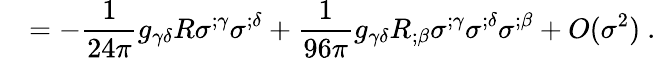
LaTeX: ~~~=-\frac{1}{24\pi}g_{\gamma\delta}R\sigma^{;\gamma}\sigma^{;\delta}+\frac{1}{96\pi}g_{\gamma\delta}R_{;\beta}\sigma^{;\gamma}\sigma^{;\delta}\sigma^{;\beta}+O(\sigma^{2})~.